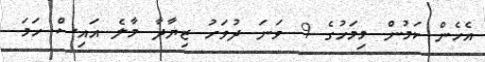
އެހެން ކަމުން މިމަހުގެ 9 ވަނަ ދުވަހު ޒިޔާދާ މާލެ އައިސް ހަމަ